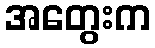
အတွေးက